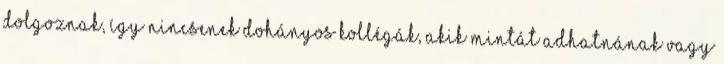
dolgoznak, így nincsenek dohányos kollégák, akik mintát adhatnának vagy